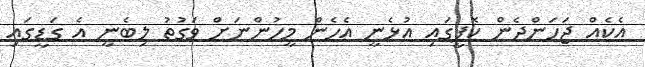
އެކެއް ޖަހަންދެން ކޮފީގައި އުޅެނީ އެހެން މީހުންނަށް ވަގުތު ލިބެނީ އެ ގަޑީގައި